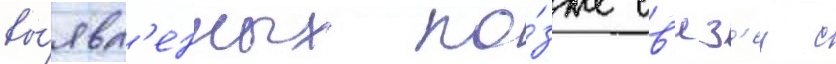
вы́явл'енных по́зже св'яз'еи с